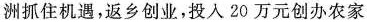
洲抓住机遇，返乡创业，投入 20 万元创办农家